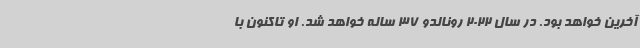
آخرین خواهد بود. در سال 2022 رونالدو 37 ساله خواهد شد. او تاکنون با